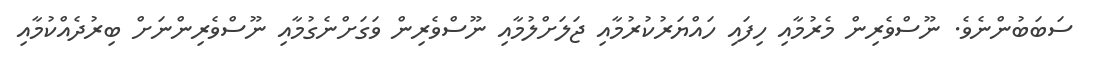
ސަބަބުންނެވެ. ނޫސްވެރިން މެރުމާއި ހިފައި ހައްޔަރުކުރުމާއި ޖަލަށްލުމާއި ނޫސްވެރިން ވަގަށްނެގުމާއި ނޫސްވެރިންނަށް ބިރުދެއްކުމާއި